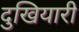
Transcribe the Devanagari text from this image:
दुखियारी